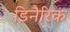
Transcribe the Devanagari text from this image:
डिनैरिक